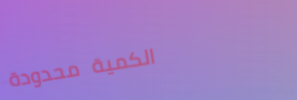
الكمية محدودة